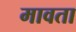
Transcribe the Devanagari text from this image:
मावता